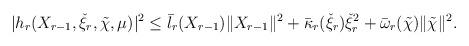
LaTeX: \begin{align*}&|h_{r}(X_{r-1},\check{\xi}_{r},\tilde{\chi},\mu)|^{2}\leq\bar{l}_{r}(X_{r-1})\|X_{r-1}\|^{2}+\bar{\kappa}_{r}(\check{\xi}_{r})\check{\xi}_{r}^{2}+\bar{\omega}_{r}(\tilde{\chi})\|\tilde{\chi}\|^{2}.\\\end{align*}